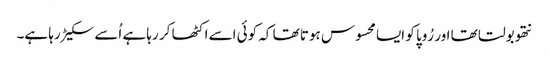
نتھو بولتا تھا اور رُوپا کو ایسا محسوس ہوتا تھا کہ کوئی اسے اکٹھا کر رہا ہے اُسے سکیڑ رہا ہے۔